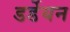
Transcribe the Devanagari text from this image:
डर्डेयन